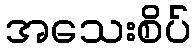
အသေးစိပ်